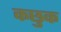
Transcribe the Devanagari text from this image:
कछुक